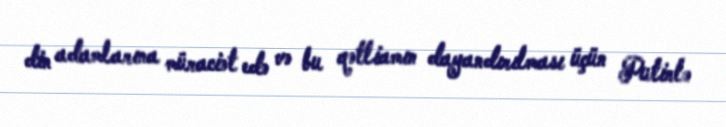
din adamlarına müraciət edə və bu qətliamın dayandırılması üçün Putinlə